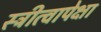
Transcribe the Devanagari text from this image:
स्त्रीत्वापेक्षा